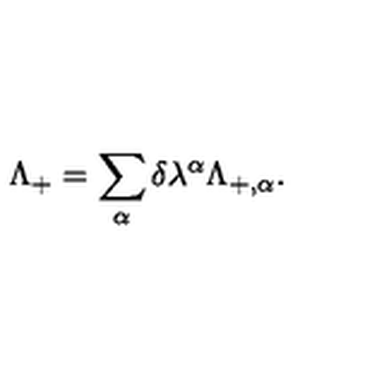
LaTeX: \Lambda _ { + } = \sum _ { \alpha } \delta \lambda ^ { \alpha } \Lambda _ { + , \alpha } .